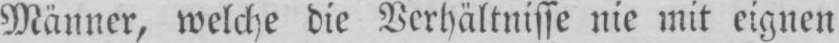
Männer, welche die Verhältnisse nie mit eignen